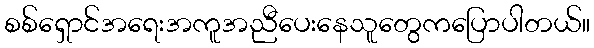
စစ်ရှောင်အရေးအကူအညီပေးနေသူတွေကပြောပါတယ်။